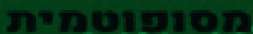
מסופוטמית